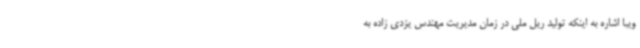
ویبا اشاره به اینکه تولید ریل ملی در زمان مدیریت مهندس یزدی زاده به